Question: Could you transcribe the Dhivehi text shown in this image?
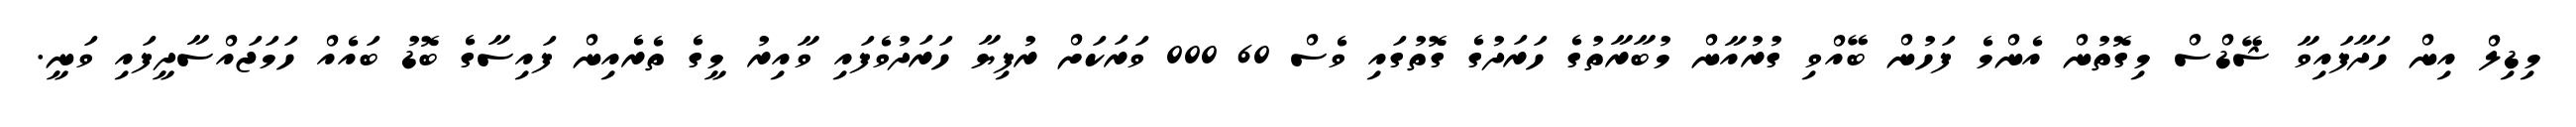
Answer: މިޑިލް އިން ހަދާފައިވާ ޝޭޑްސް މިގޮތުން އެންމެ ފަހުން ބޭއްވި ގުރުއާން މުބާރާތުގެ ހަރަދުގެ ގޮތުގައި ވެސް 60 000 ވަރަކަށް ރުފިޔާ ހަރަދުވެފައި ވާއިރު މީގެ ތެރެއިން ފައިސާގެ ބޮޑު ބައެއް ހަމަޖައްސާދީފައި ވަނީ.